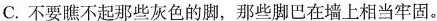
C.不要瞧不起那些灰色的脚，那些脚巴在墙上相当牢固。